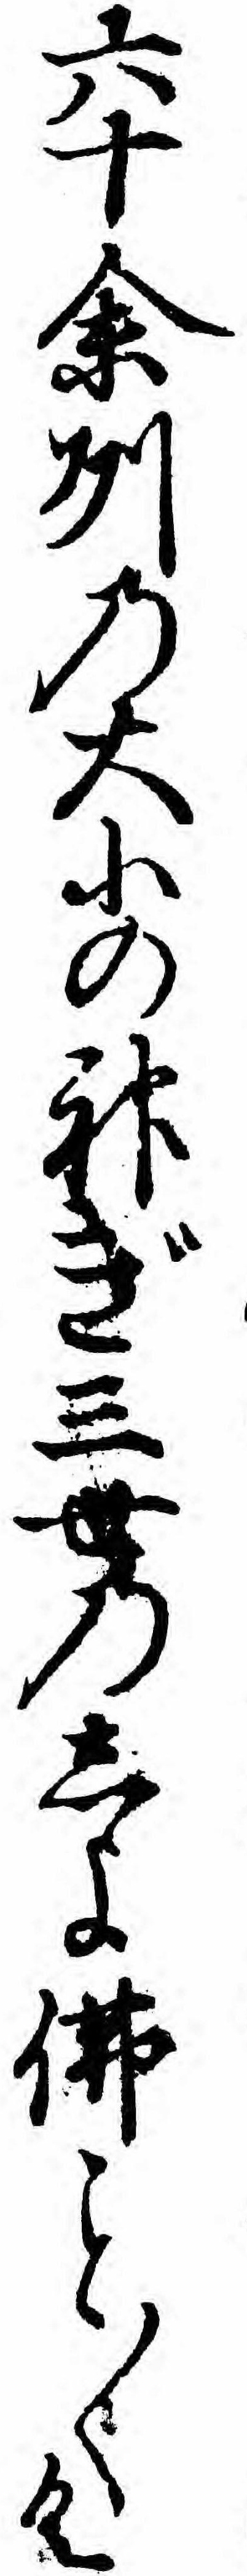
六十余州の大小の神ぎ三世のしよ仏〱く